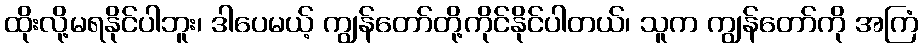
ထိုးလို့မရနိုင်ပါဘူး၊ ဒါပေမယ့် ကျွန်တော်တို့ကိုင်နိုင်ပါတယ်၊ သူက ကျွန်တော်ကို အကြံ